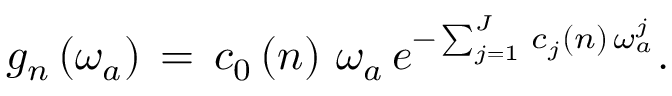
g _ { n } \left( \omega _ { a } \right) \, = \, c _ { 0 } \left( n \right) \, \omega _ { a } \, e ^ { - \sum _ { j = 1 } ^ { J } \, c _ { j } \left( n \right) \, \omega _ { a } ^ { j } } .